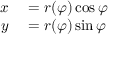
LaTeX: \begin{array} { r l } { x } & { { } = r ( \varphi ) \cos \varphi } \\ { y } & { { } = r ( \varphi ) \sin \varphi } \end{array}